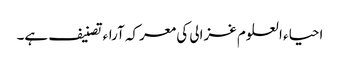
احیاء العلوم غزالی کی معرکہ آراء تصنیف ہے۔